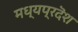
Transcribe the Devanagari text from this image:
मध्यप्रदॆश